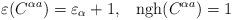
LaTeX: \begin{align*}\varepsilon(C^{\alpha a})=\varepsilon_\alpha+1,\;\;\; {\rm ngh}(C^{\alpha a})=1\end{align*}